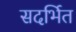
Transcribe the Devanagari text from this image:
सदर्भित